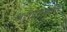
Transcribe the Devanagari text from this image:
अशांतिकारी